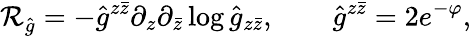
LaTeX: \mathcal{R}_{\hat{{g}}}=-{\hat{{g}}}^{z\bar{{z}}}\partial_{z}\partial_{\bar{{z}}}\log{\hat{{g}}}_{z\bar{{z}}},\qquad\hat{{g}}^{z\bar{{z}}}=2e^{-\varphi},